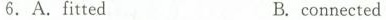
6.A.fittedB. connected